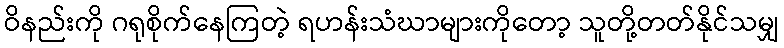
ဝိနည်းကို ဂရုစိုက်နေကြတဲ့ ရဟန်းသံဃာများကိုတော့ သူတို့တတ်နိုင်သမျှ